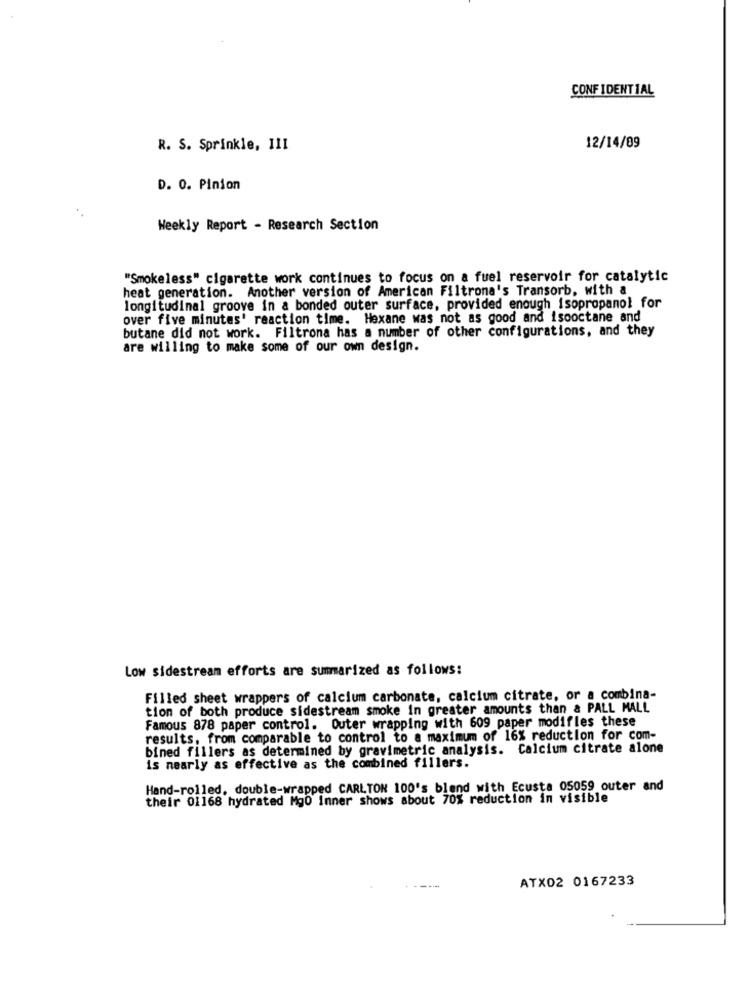
CONFIDENTIAL
R. S. Sprinkle, 111
12/14/09
D. 0. Pinion
Weekly Report - Research Section
"Smokeless" cigarette work continues to focus on a fuel reservoir for catalytic
heat generation. Another version of American Filtrona's Transorb, with a
longitudinal groove in a bonded outer surface, provided enough isopropanol for
over five minutes' reaction time. Hexane was not as good and isooctane and
butane did not work. Filtrona has a number of other configurations, and they
are willing to make some of our own design.
Low sidestream efforts are summarized as follows:
Filled sheet wrappers of calcium carbonate, calcium citrate, or a combina-
tion of both produce sidestream smoke in greater amounts than & PALL MALL
Famous 878 paper control. Outer wrapping with 609 paper modifles these
results, from comparable to control to a maximum of 16% reduction for com-
bined fillers as determined by gravimetric analysis. Calcium citrate alone
is nearly as effective as the combined fillers.
Hand-rolled, double-wrapped CARLTON 100's bland with Ecusta 05059 outer and
their 01168 hydrated MgO inner shows about 70% reduction in visible
ATX02 0167233